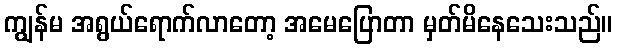
ကျွန်မ အရွယ်ရောက်လာတော့ အမေပြောတာ မှတ်မိနေသေးသည်။